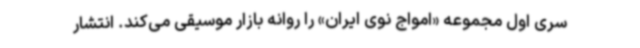
سری اول مجموعه «امواج نوی ایران» را روانه بازار موسیقی می‌کند. انتشار